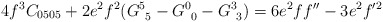
\begin{align*}4f^3C_{0505}+2e^2f^2(G^{5}_{\phantom{5}5}-G^{0}_{\phantom{0}0}-G^{3}_{\phantom{3}3})=6e^2ff^{\prime\prime}-3e^2f^{\prime 2}\end{align*}